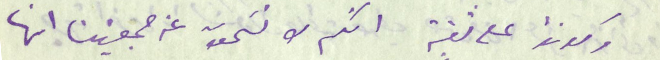
وكونوا على ثقة انكم لا تسَمعون عن جمعيتنا انها